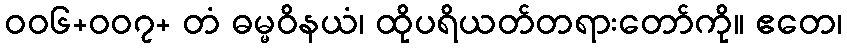
၀၀၆+၀၀၇+ တံ ဓမ္မဝိနယံ၊ ထိုပရိယတ်တရားတော်ကို။ ဧတေ၊